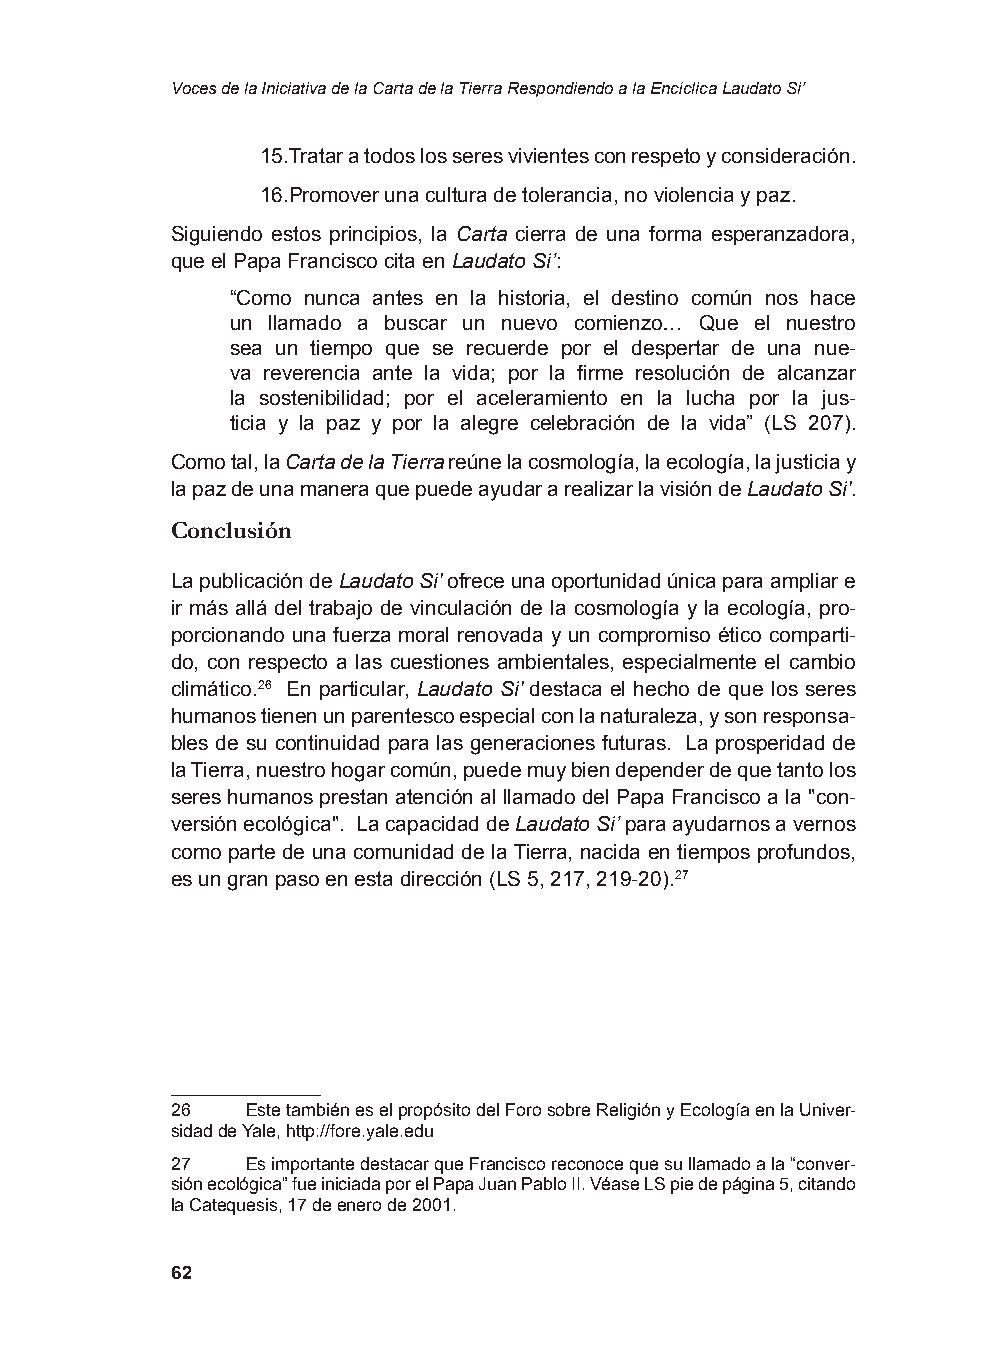
Voces de la Iniciativa de la Carta de la Tierra Respondiendo a la Encíclica Laudato Si’
 15. Tratar a todos los seres vivientes con respeto y consideración.
 16. Promover una cultura de tolerancia, no violencia y paz.
 Siguiendo estos principios, la Carta cierra de una forma esperanzadora,
 que el Papa Francisco cita en Laudato Si’:
 “Como nunca antes en la historia, el destino común nos hace
 un llamado a buscar un nuevo comienzo… Que el nuestro
 sea un tiempo que se recuerde por el despertar de una nue-
 va reverencia ante la vida; por la firme resolución de alcanzar
 la sostenibilidad; por el aceleramiento en la lucha por la jus-
 ticia y la paz y por la alegre celebración de la vida” (LS 207).
 Como tal, la Carta de la Tierra reúne la cosmología, la ecología, la justicia y
 la paz de una manera que puede ayudar a realizar la visión de Laudato Si'.
 Conclusión
 La publicación de Laudato Si' ofrece una oportunidad única para ampliar e
 ir más allá del trabajo de vinculación de la cosmología y la ecología, pro-
 porcionando una fuerza moral renovada y un compromiso ético comparti-
 do, con respecto a las cuestiones ambientales, especialmente el cambio
 climático.26 En particular, Laudato Si' destaca el hecho de que los seres
 humanos tienen un parentesco especial con la naturaleza, y son responsa-
 bles de su continuidad para las generaciones futuras. La prosperidad de
 la Tierra, nuestro hogar común, puede muy bien depender de que tanto los
 seres humanos prestan atención al llamado del Papa Francisco a la "con-
 versión ecológica". La capacidad de Laudato Si’ para ayudarnos a vernos
 como parte de una comunidad de la Tierra, nacida en tiempos profundos,
 es un gran paso en esta dirección (LS 5, 217, 219-20).27
 26   Este también es el propósito del Foro sobre Religión y Ecología en la Univer-
 sidad de Yale, http://fore.yale.edu
 27   Es importante destacar que Francisco reconoce que su llamado a la “conver-
 sión ecológica” fue iniciada por el Papa Juan Pablo II. Véase LS pie de página 5, citando
 la Catequesis, 17 de enero de 2001.
 62